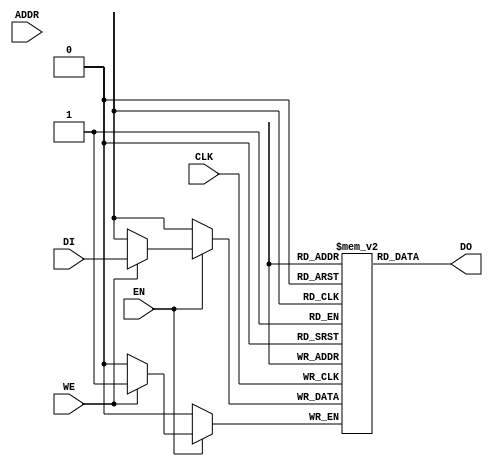

// Copyright (c) 2000-2009 Bluespec, Inc.

// Permission is hereby granted, free of charge, to any person obtaining a copy
// of this software and associated documentation files (the "Software"), to deal
// in the Software without restriction, including without limitation the rights
// to use, copy, modify, merge, publish, distribute, sublicense, and/or sell
// copies of the Software, and to permit persons to whom the Software is
// furnished to do so, subject to the following conditions:

// The above copyright notice and this permission notice shall be included in
// all copies or substantial portions of the Software.

// THE SOFTWARE IS PROVIDED "AS IS", WITHOUT WARRANTY OF ANY KIND, EXPRESS OR
// IMPLIED, INCLUDING BUT NOT LIMITED TO THE WARRANTIES OF MERCHANTABILITY,
// FITNESS FOR A PARTICULAR PURPOSE AND NONINFRINGEMENT. IN NO EVENT SHALL THE
// AUTHORS OR COPYRIGHT HOLDERS BE LIABLE FOR ANY CLAIM, DAMAGES OR OTHER
// LIABILITY, WHETHER IN AN ACTION OF CONTRACT, TORT OR OTHERWISE, ARISING FROM,
// OUT OF OR IN CONNECTION WITH THE SOFTWARE OR THE USE OR OTHER DEALINGS IN
// THE SOFTWARE.
//
// $Revision: 24080 $
// $Date: 2011-05-18 19:32:52 +0000 (Wed, 18 May 2011) $

`ifdef BSV_ASSIGNMENT_DELAY
`else
 `define BSV_ASSIGNMENT_DELAY
`endif

// Single-Ported BRAM
module BRAM1(CLK,
             EN,
             WE,
             ADDR,
             DI,
             DO
             );

   parameter                      PIPELINED  = 0;
   parameter                      ADDR_WIDTH = 1;
   parameter                      DATA_WIDTH = 1;
   parameter                      MEMSIZE    = 1;


   input                          CLK;
   input                          EN;
   input                          WE;
   input [ADDR_WIDTH-1:0]         ADDR;
   input [DATA_WIDTH-1:0]         DI;
   output [DATA_WIDTH-1:0]        DO;

   reg [DATA_WIDTH-1:0]           RAM[0:MEMSIZE-1];
   reg [ADDR_WIDTH-1:0]           ADDR_R;
   reg [DATA_WIDTH-1:0]           DO_R;

`ifdef BSV_NO_INITIAL_BLOCKS
`else
   // synopsys translate_off
   integer                        i;
   initial
   begin : init_block
      for (i = 0; i < MEMSIZE; i = i + 1) begin
         RAM[i] = { ((DATA_WIDTH+1)/2) { 2'b10 } };
      end
      ADDR_R = { ((ADDR_WIDTH+1)/2) { 2'b10 } };
      DO_R = { ((DATA_WIDTH+1)/2) { 2'b10 } };
   end
   // synopsys translate_on
`endif // !`ifdef BSV_NO_INITIAL_BLOCKS

   always @(posedge CLK) begin
      if (EN) begin
         if (WE)
           RAM[ADDR] <= `BSV_ASSIGNMENT_DELAY DI;
         ADDR_R    <= `BSV_ASSIGNMENT_DELAY ADDR;
      end
      DO_R      <= `BSV_ASSIGNMENT_DELAY RAM[ADDR_R];
   end

   assign DO = (PIPELINED) ? DO_R : RAM[ADDR_R];

endmodule // BRAM1